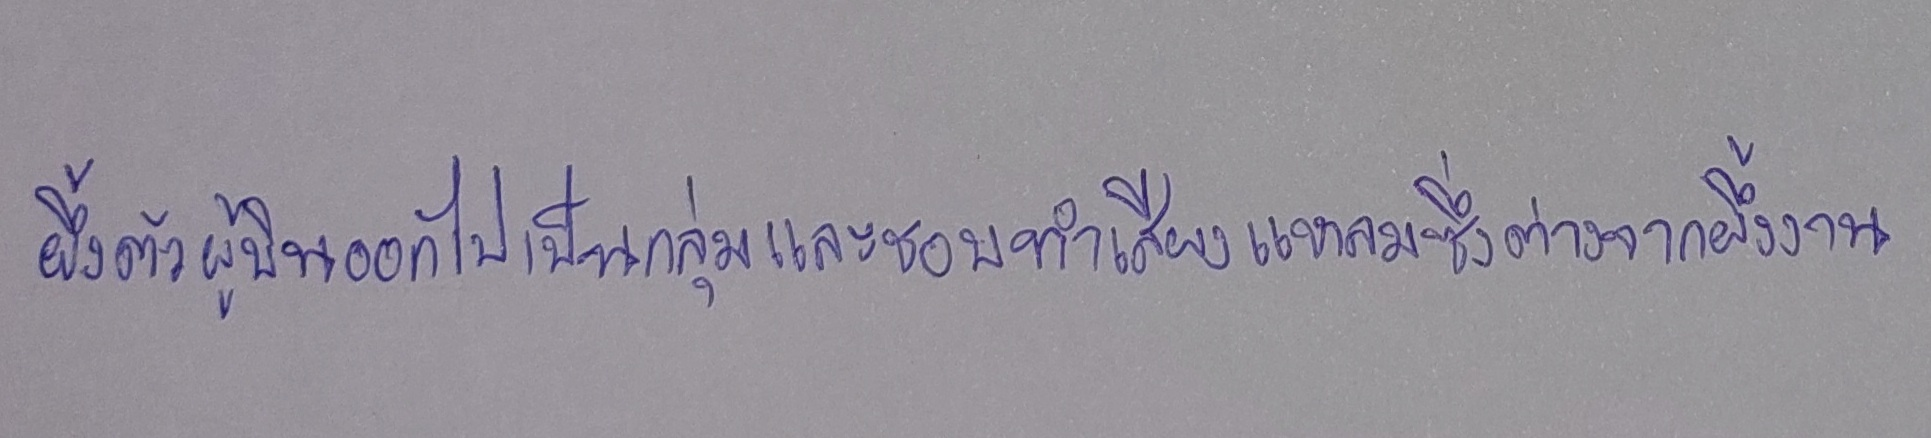
ผึ้งตัวผู้บินออกไปเป็นกลุ่มและชอบทำเสียงแหลมซึ่งต่างจากผึ้งงาน